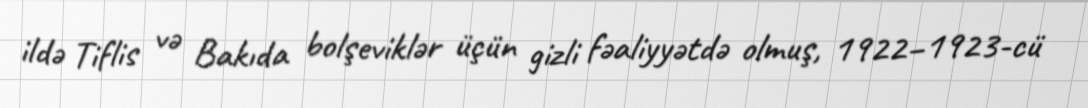
ildə Tiflis və Bakıda bolşeviklər üçün gizli fəaliyyətdə olmuş, 1922–1923-cü